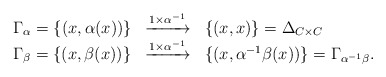
\begin{align*}\begin{array}{lcl}\Gamma_{\alpha}=\{(x, \alpha(x))\} &\xrightarrow{1\times \alpha^{-1}}& \{(x,x) \}=\Delta_{C \times C}\\\Gamma_{\beta}=\{(x, \beta(x))\}&\xrightarrow{1\times \alpha^{-1}} &\{(x, \alpha^{-1}\beta (x))\}=\Gamma_{\alpha^{-1}\beta}.\end{array} \end{align*}